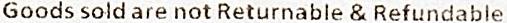
GOODS SOLD ARE NOT RETURNABLE & REFUNDABLE